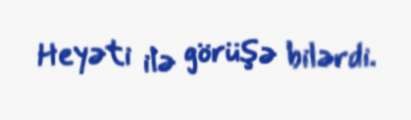
Heyəti ilə görüşə bilərdi.